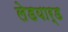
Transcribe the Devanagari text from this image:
लेडयार्ड